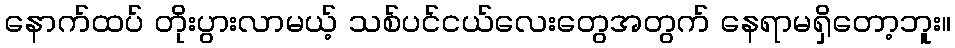
နောက်ထပ် တိုးပွားလာမယ့် သစ်ပင်ငယ်လေးတွေအတွက် နေရာမရှိတော့ဘူး။